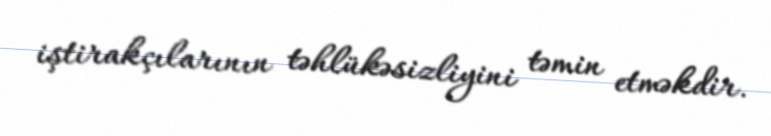
iştirakçılarının təhlükəsizliyini təmin etməkdir.